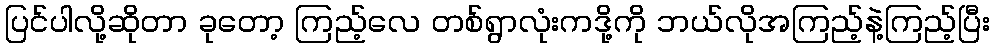
ပြင်ပါလို့ဆိုတာ ခုတော့ ကြည့်လေ တစ်ရွာလုံးကဒို့ကို ဘယ်လိုအကြည့်နဲ့ကြည့်ပြီး